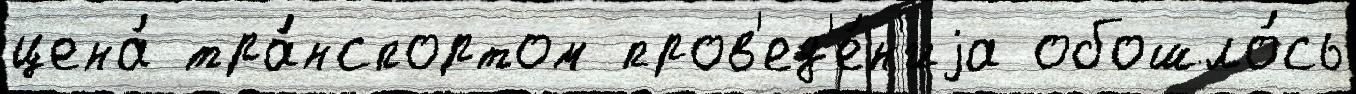
цена́ тра́нспортом пров'ед'е́н'иjа обошло́сь